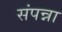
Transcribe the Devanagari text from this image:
संपन्ना